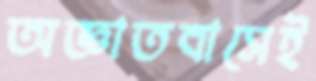
অজ্ঞাতবাসেই